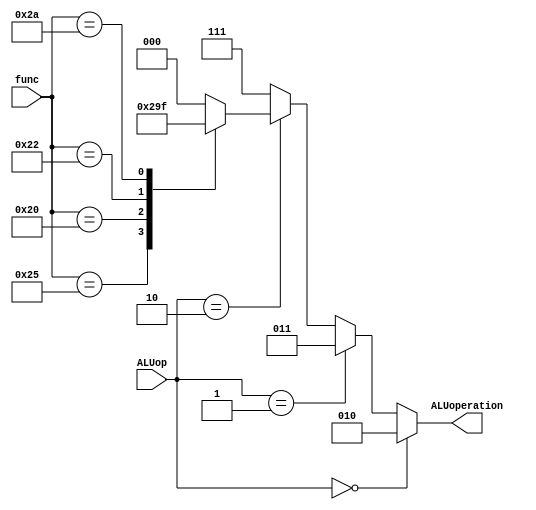
module AluController(ALUoperation, ALUop, func);
    output reg [2:0] ALUoperation;
    input [1:0] ALUop;
    input [5:0] func;
    parameter[5:0] And = 6'b100100, Or = 6'b100101, Add =  6'b100000, Sub = 6'b100010,  Slt = 6'b101010;
    always@(ALUop, func) begin
        ALUoperation = 3'b010;
        if(ALUop == 2'd0) // lw or sw
            ALUoperation = 3'b010; 
        else if(ALUop == 2'd1) // beq
            ALUoperation = 3'b011;
        else if(ALUop == 2'd2) begin
            case(func)
                And: ALUoperation = 3'b000;
                Or:  ALUoperation = 3'b001;
                Add: ALUoperation = 3'b010;
                Sub: ALUoperation = 3'b011; 
                Slt: ALUoperation = 3'b111;  // slt & slti
                default:   ALUoperation = 3'b000;
            endcase
        end
        else
            ALUoperation = 3'b111;
    end
endmodule


module Controller(MemToReg, PCSrc, RegDst, ALUoperation, ALUSrc, RegWrite, MemWrite, MemRead, Flush,
                  opc, func, equal);
    output reg [1:0] MemToReg, PCSrc, RegDst;
    output [2:0] ALUoperation;
    output reg ALUSrc, RegWrite, MemWrite, MemRead, Flush;
    input [5:0] opc, func;
    input equal;
    reg [1:0] ALUop;
    reg [3:0] state;
    AluController ALUCtrl(ALUoperation, ALUop, func);

    parameter [5:0] RType = 6'b000000, Lw = 6'b100011, Sw = 6'b101011, Beq = 6'b000100, Addi = 6'b001000,
        Jump =6'b000010, Jal = 6'b000011, JumpR = 6'b000110, Slti = 6'b001010;

        always @(opc, equal)begin
        {Flush, ALUop, MemWrite, MemRead, ALUSrc, RegWrite, MemToReg, RegDst, PCSrc} = 13'd3;
        case (opc)
            RType : begin
                RegDst = 2'b01;
                RegWrite = 1'b1;
                ALUop = 2'b10;
                state = 4'd1;
            end

            Addi: begin
                RegWrite = 1'b1;
                ALUSrc = 1'b1;
                state = 4'd5;
            end

            Sw : begin
                ALUSrc = 1'b1;
                MemWrite = 1'b1;
                state = 4'd3;
            end
            
            Lw: begin
                ALUSrc = 1'b1;
                MemToReg = 2'b01;
                RegWrite = 1'b1;
                MemRead = 1'b1;
                state = 4'd2;
            end
            
            Jump: begin
                PCSrc = 2'b01;
                Flush = 1'b1;
                state = 4'd6;
            end
            
            JumpR: begin
                PCSrc = 2'b00;
                state = 4'd8;
            end
            
            Jal: begin
                RegDst = 2'b10;
                MemToReg = 2'b10;
                PCSrc = 2'b01;
                state = 4'd7;
            end
            
            Beq : begin
		    PCSrc = equal ? 2'b10 : 2'b11;
		    Flush = equal;
                state = 4'd4;
            end
            
            Slti: begin
                RegWrite = 1'b1;
                ALUSrc = 1'b1;
                RegDst = 2'b00;
                ALUop = 2'b11;
                MemToReg = 2'b00;
                state = 4'd9;
            end
        endcase
    end

endmodule